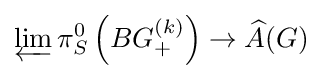
\varprojlim \pi _{S}^{0}\left(BG_{+}^{(k)}\right)\to {\widehat {A}}(G)